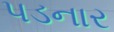
પડનાર